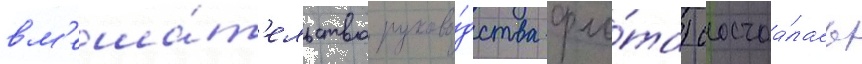
вм'еша́т'ельство руково́дства фло́та) состоа́лась